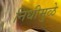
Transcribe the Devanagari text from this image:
निधीमुळे